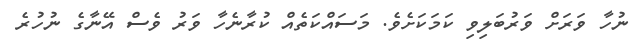
ނުހާ ވަރަށް ވަރުބަލިވި ކަމަކަށެވެ. މަސައްކަތެއް ކުރާނެހާ ވަރު ވެސް އޭނާގެ ނުހުރެ